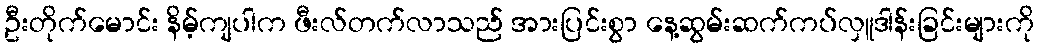
ဦးတိုက်မောင်း နိမ့်ကျပါက ဖီးလ်တက်လာသည် အားပြင်းစွာ နေ့ဆွမ်းဆက်ကပ်လှူဒါန်းခြင်းများကို